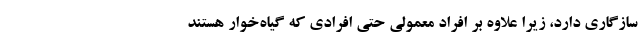
سازگاری دارد، زیرا علاوه بر افراد معمولی حتی افرادی که گیاه‌خوار هستند